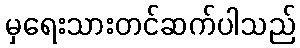
မှရေးသားတင်ဆက်ပါသည်